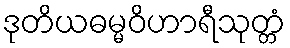
ဒုတိယဓမ္မဝိဟာရီသုတ္တံ